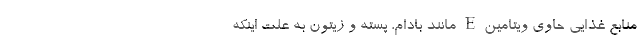
منابع غذایی حاوی ویتامین E مانند بادام، پسته و زیتون به علت اینکه